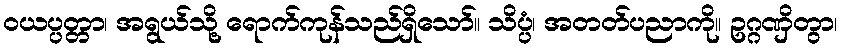
ဝယပ္ပတ္တာ၊ အရွယ်သို့ ရောက်ကုန်သည်ရှိသော်။ သိပ္ပံ၊ အတတ်ပညာကို။ ဥဂ္ဂဏှိတွာ၊